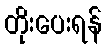
တိုးပေးရန်